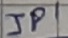
Text: JP1